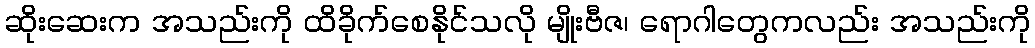
ဆိုးဆေးက အသည်းကို ထိခိုက်စေနိုင်သလို မျိုးဗီဇ၊ ရောဂါတွေကလည်း အသည်းကို